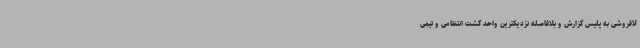
لافروشی به پلیس گزارش و بلافاصله نزدیکترین واحد گشت انتظامی و تیمی